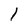
Character: l